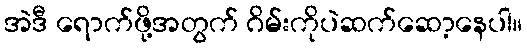
အဲဒီ ရောက်ဖို့အတွက် ဂိမ်းကိုပဲဆက်ဆော့နေပါ။